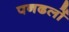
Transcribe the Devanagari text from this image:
पनढलों